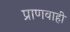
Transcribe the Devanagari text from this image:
प्राणवाही